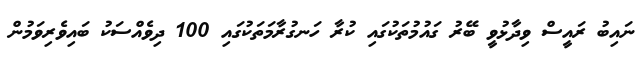
ނައިބު ރައީސް ވިދާޅުވީ ބޭރު ގައުމުތަކުގައި ކުރާ ހަނގުރާމަތަކުގައި 100 ދިވެއްސަކު ބައިވެރިވަމުން